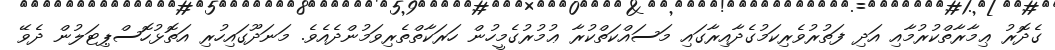
ގެދޮރު ޢިމާރާތްކުރުމާއި އަދި ފަތުރުވެރިކަމުގެދާއިރާގައި މަސައްކަތްކުރާ ޢުމުރުގެމީހުން ހަރަކާތްތެރިވަމުންދެއެވެ. މަނަދޫގައިހުރި އަތޮޅުހޮސްޕިޓަލުން ދެވޭ